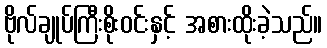
ဗိုလ်ချုပ်ကြီးစိုးဝင်းနှင့် အစားထိုးခဲ့သည်။